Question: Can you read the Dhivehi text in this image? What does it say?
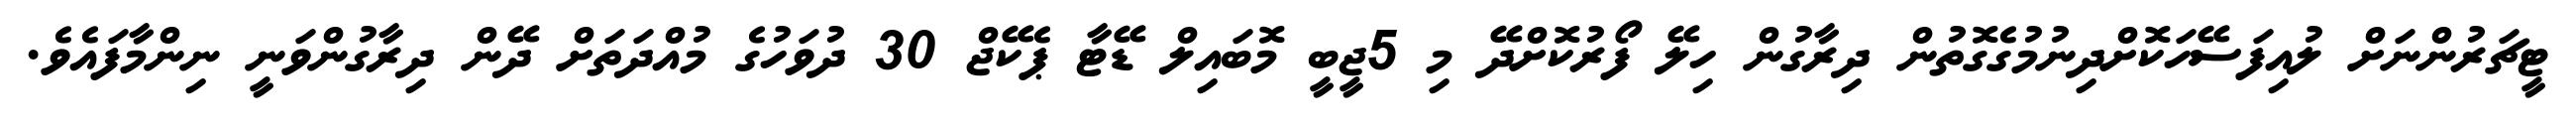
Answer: ޓީޗަރުންނަށް ލުއިފަސޭހަކޮށްދިނުމުގެގޮތުން ދިރާގުން ހިލޭ ފޯރުކޮށްދޭ މި 5ޖީބީ މޮބައިލް ޑޭޓާ ޕެކޭޖް 30 ދުވަހުގެ މުއްދަތަށް ދޭން ދިރާގުންވަނީ ނިންމާފައެވެ.